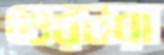
ভেরনরা